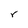
Character: r